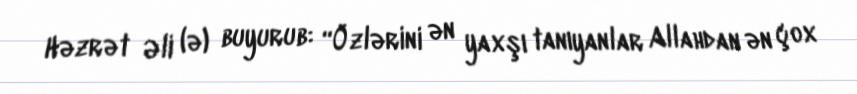
Həzrət Əli (ə) buyurub: “Özlərini ən yaxşı tanıyanlar Allahdan ən çox